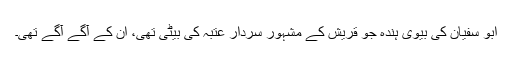
ابو سفیان کی بیوی ہندہ جو قریش کے مشہور سردار عتبہ کی بیٹی تھی، ان کے آگے آگے تھی۔